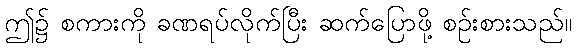
ဤ၌ စကားကို ခဏရပ်လိုက်ပြီး ဆက်ပြောဖို့ စဉ်းစားသည်။